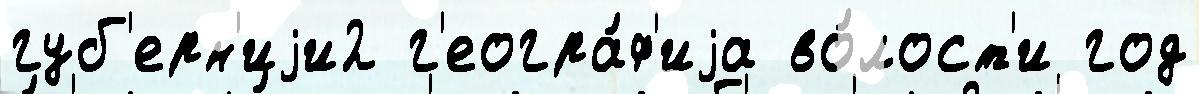
губ'ерн'иjи2 г'еогра́ф'иjа во́лост'и год